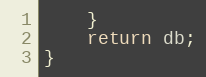
Language: JavaScript
    }
    return db;
}